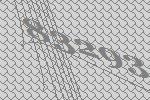
83293